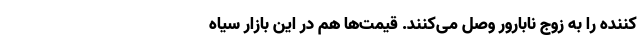
کننده را به زوج نابارور وصل می‌کنند. قیمت‌ها هم در این بازار سیاه